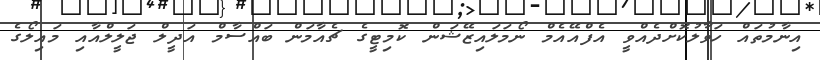
އިނާމުތައް ހަވާލުކޮށްދެއްވީ އެފްއޭއެމް ނޯމަލައިޒޭޝަން ކޮމިޓީގެ ޗެއާމަން ބައްސާމް އަދީލް ޖަލީލްއާއި މައިލޯގެ